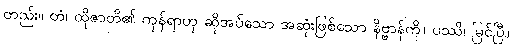
တည်း။ တံ၊ ထိုဇာတိ၏ ကုန်ရာဟု ဆိုအပ်သော အဆုံးဖြစ်သော နိဗ္ဗာန်ကို။ ပဿိ၊ မြင်ပြီ။